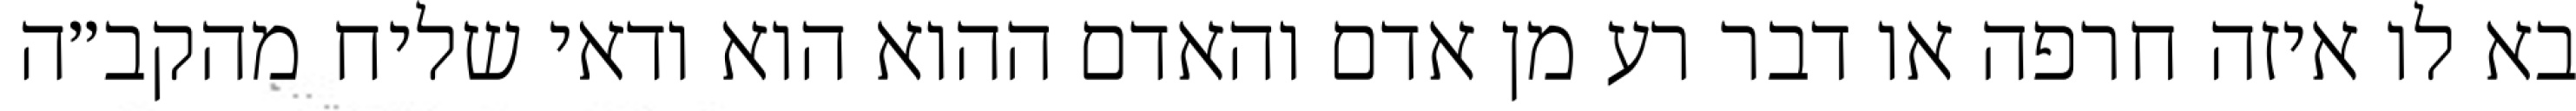
בא לו איזה חרפה או דבר רע מן אדם והאדם ההוא הוא ודאי שליח מהקב״ה